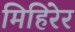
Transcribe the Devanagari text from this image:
मिहिरेर